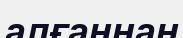
алғаннан